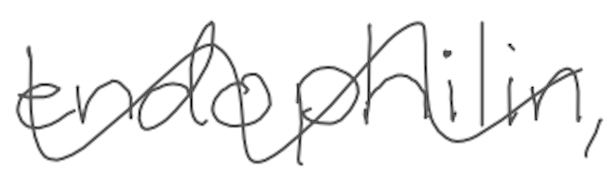
Text: endophilin,
Cross-out: wave
Writing tool: digital_gray